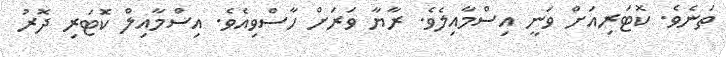
ތަނެވެ. ކޮޓަރިއަށް ވަނީ އިސްމާއިލެވެ. ރާޔާ ވަރަށް ހާސްވިއެވެ. އިސްމާއިލް ކޮަޓަރި ދޮރު